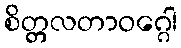
စိတ္တလတာဝဂ္ဂေါ